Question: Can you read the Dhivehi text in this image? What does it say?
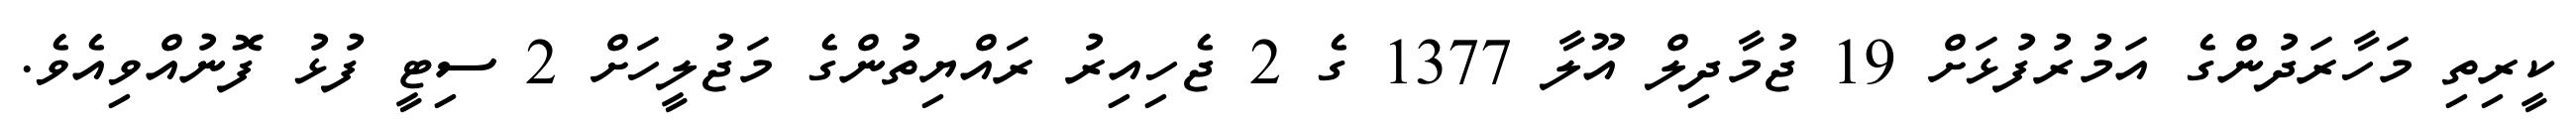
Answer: ކީރިތި މަހާރަދުންގެ އަމުރުފުޅަށް 19 ޖުމާދިލް އޫލާ 1377 ގެ 2 ޖެހިއިރު ރައްޔިތުންގެ މަޖުލީހަށް 2 ސިޓީ ފުޅު ފޮނުއްވިއެވެ.